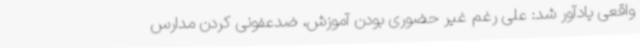
واقعی یادآور شد: علی رغم غیر حضوری بودن آموزش، ضدعفونی کردن مدارس